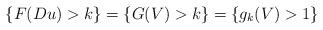
LaTeX: \begin{align*}\{F(Du)>k\}=\{G(V)>k\}=\{g_k(V)>1\}\end{align*}